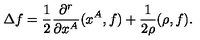
\Delta f = \frac { 1 } { 2 } \frac { \partial ^ { r } } { \partial x ^ { A } } ( x ^ { A } , f ) + \frac { 1 } { 2 \rho } ( \rho , f ) .